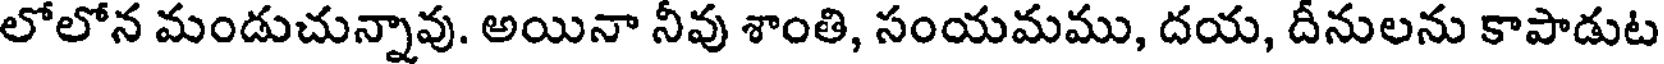
లోలోన మండుచున్నావు. అయినా నీవు శాంతి, సంయమము, దయ, దీనులను కాపాడుట